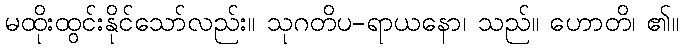
မထိုးထွင်းနိုင်သော်လည်း။ သုဂတိပ-ရာယနော၊ သည်။ ဟောတိ၊ ၏။